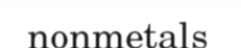
nonmetals